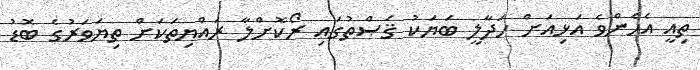
ތިއީ އެހެންވެ އަޅިއަށް ހަދާލީ ބަޔަކު ޤަޞްތުގައި ރޯކޮށްލާ ރައްޔިތަކަށް ތިޔަވަރުގެ ބޮޑު